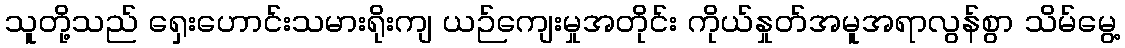
သူတို့သည် ရှေးဟောင်းသမားရိုးကျ ယဉ်ကျေးမှုအတိုင်း ကိုယ်နှုတ်အမူအရာလွန်စွာ သိမ်မွေ့